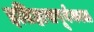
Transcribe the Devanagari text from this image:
इतिहासपूर्वकाळ